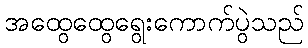
အထွေထွေရွေးကောက်ပွဲသည်